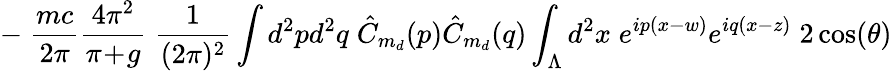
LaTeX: -\; \frac{mc}{2\pi}\frac{4\pi^{2}}{\pi\! +\! g}\; \frac{1}{(2\pi)^{2}}\int d^{2}pd^{2}q\; \hat{C}_{m_{d}}(p)\hat{C}_{m_{d}}(q)\int_{\Lambda}d^{2}x\; e^{ip(x-w)}e^{iq(x-z)}\; 2\cos(\theta)